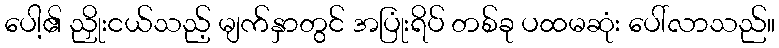
ပေါ့၏ ညှိုးငယ်သည့် မျက်နှာတွင် အပြုံးရိပ် တစ်ခု ပထမဆုံး ပေါ်လာသည်။